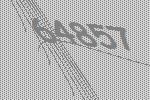
64857